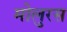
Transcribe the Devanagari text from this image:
मोलुरस